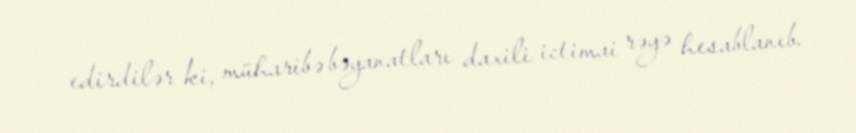
edirdilər ki, müharibə bəyanatları daxili ictimai rəyə hesablanıb.